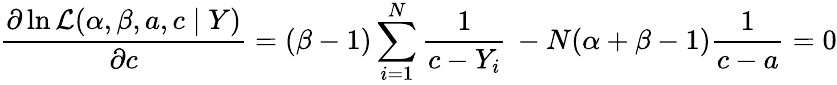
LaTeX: {\frac{\partial\ln{\mathcal{L}}(\alpha,\beta,a,c\mid Y)}{\partial c}}=(\beta-1)\sum_{i=1}^{N}{\frac{1}{c-Y_{i}}}\, -N(\alpha+\beta-1){\frac{1}{c-a}}=0